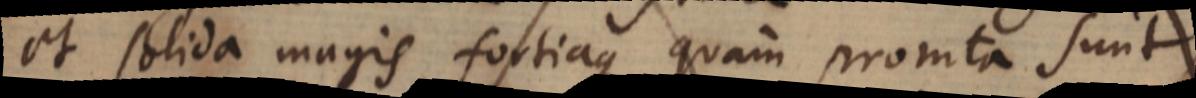
et solida magis fortiaque quam promta sunt